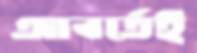
আবর্তেই